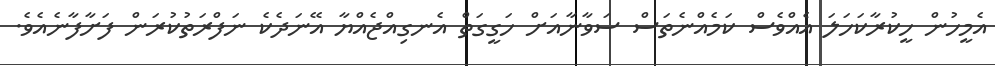
އެމީހުން ހީކުރާކަހަލަ އެއްވެސް ކަމެއްނެތަސް ސަވާނާއަށް ހަގީގަތް އެނގިއްޖެއްޔާ އޭނަދެކެ ނަފްރަތުކުރަން ފަށާފާނެއެވެ.